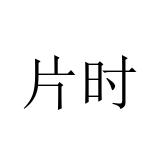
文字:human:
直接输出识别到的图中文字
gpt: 片时